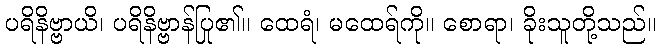
ပရိနိဗ္ဗာယိ၊ ပရိနိဗ္ဗာန်ပြု၏။ ထေရံ၊ မထေရ်ကို။ စောရာ၊ ခိုးသူတို့သည်။